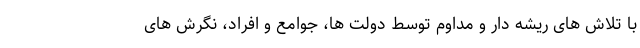
با تلاش های ریشه دار و مداوم توسط دولت ها، جوامع و افراد، نگرش های